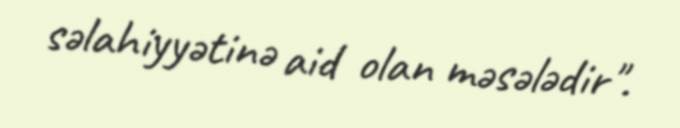
səlahiyyətinə aid olan məsələdir".